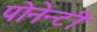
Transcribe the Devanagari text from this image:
पोनेन्टी